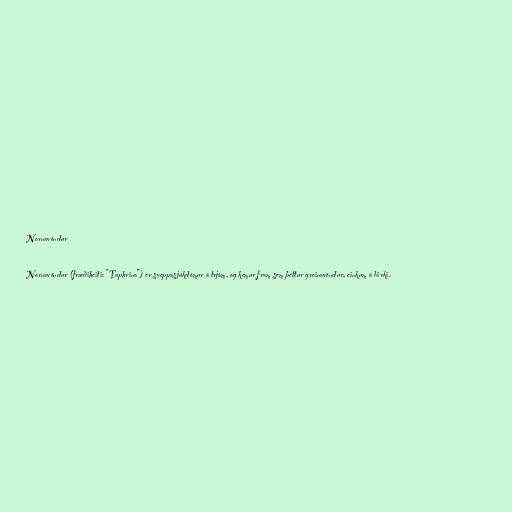
Nornavöndur

Nornavöndur (fræðiheiti: "Taphrina") er sveppasjúkdómur á trjám, og kemur fram sem þéttur greinavöndur, einkum á birki.